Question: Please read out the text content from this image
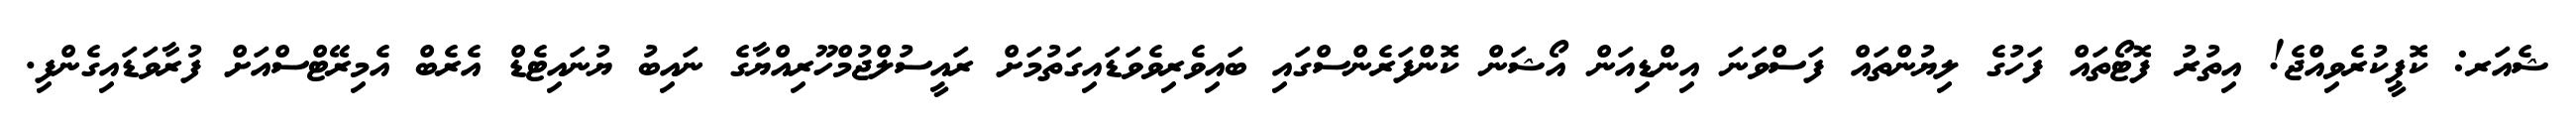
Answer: ޝެއަރ: ކޮޕީކުރެވިއްޖެ! އިތުރު ފޮޓޯތައް ފަހުގެ ލިޔުންތައް ފަސްވަނަ އިންޑިއަން އޯޝަން ކޮންފަރެންސްގައި ބައިވެރިވެވަޑައިގަތުމަށް ރައީސުލްޖުމްހޫރިއްޔާގެ ނައިބު ޔުނައިޓެޑް އެރެބް އެމިރޭޓްސްއަށް ފުރާވަޑައިގެންފި.